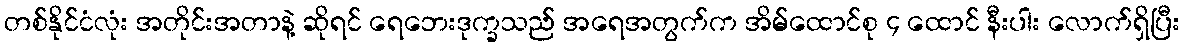
တစ်နိုင်ငံလုံး အတိုင်းအတာနဲ့ ဆိုရင် ရေဘေးဒုက္ခသည် အရေအတွက်က အိမ်ထောင်စု ၄ ထောင် နီးပါး လောက်ရှိပြီး